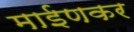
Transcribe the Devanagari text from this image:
माईणकर